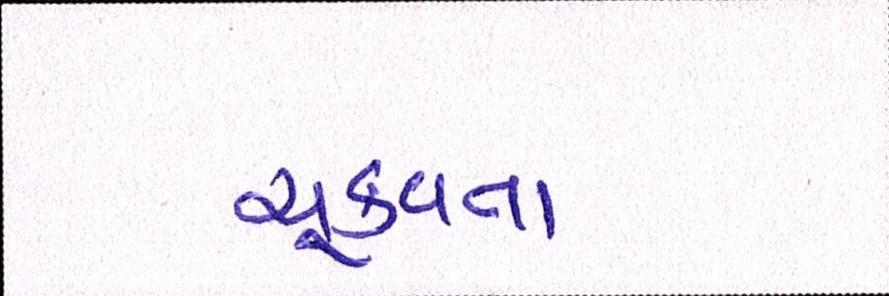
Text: ચૂકવતા